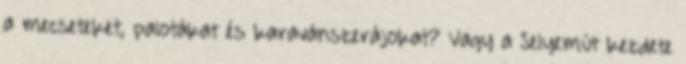
a mecseteket, palotákat és karavánszerájokat? Vagy a Selyemút kezdete